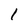
Character: 1